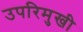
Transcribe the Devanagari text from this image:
उपरिमुखी